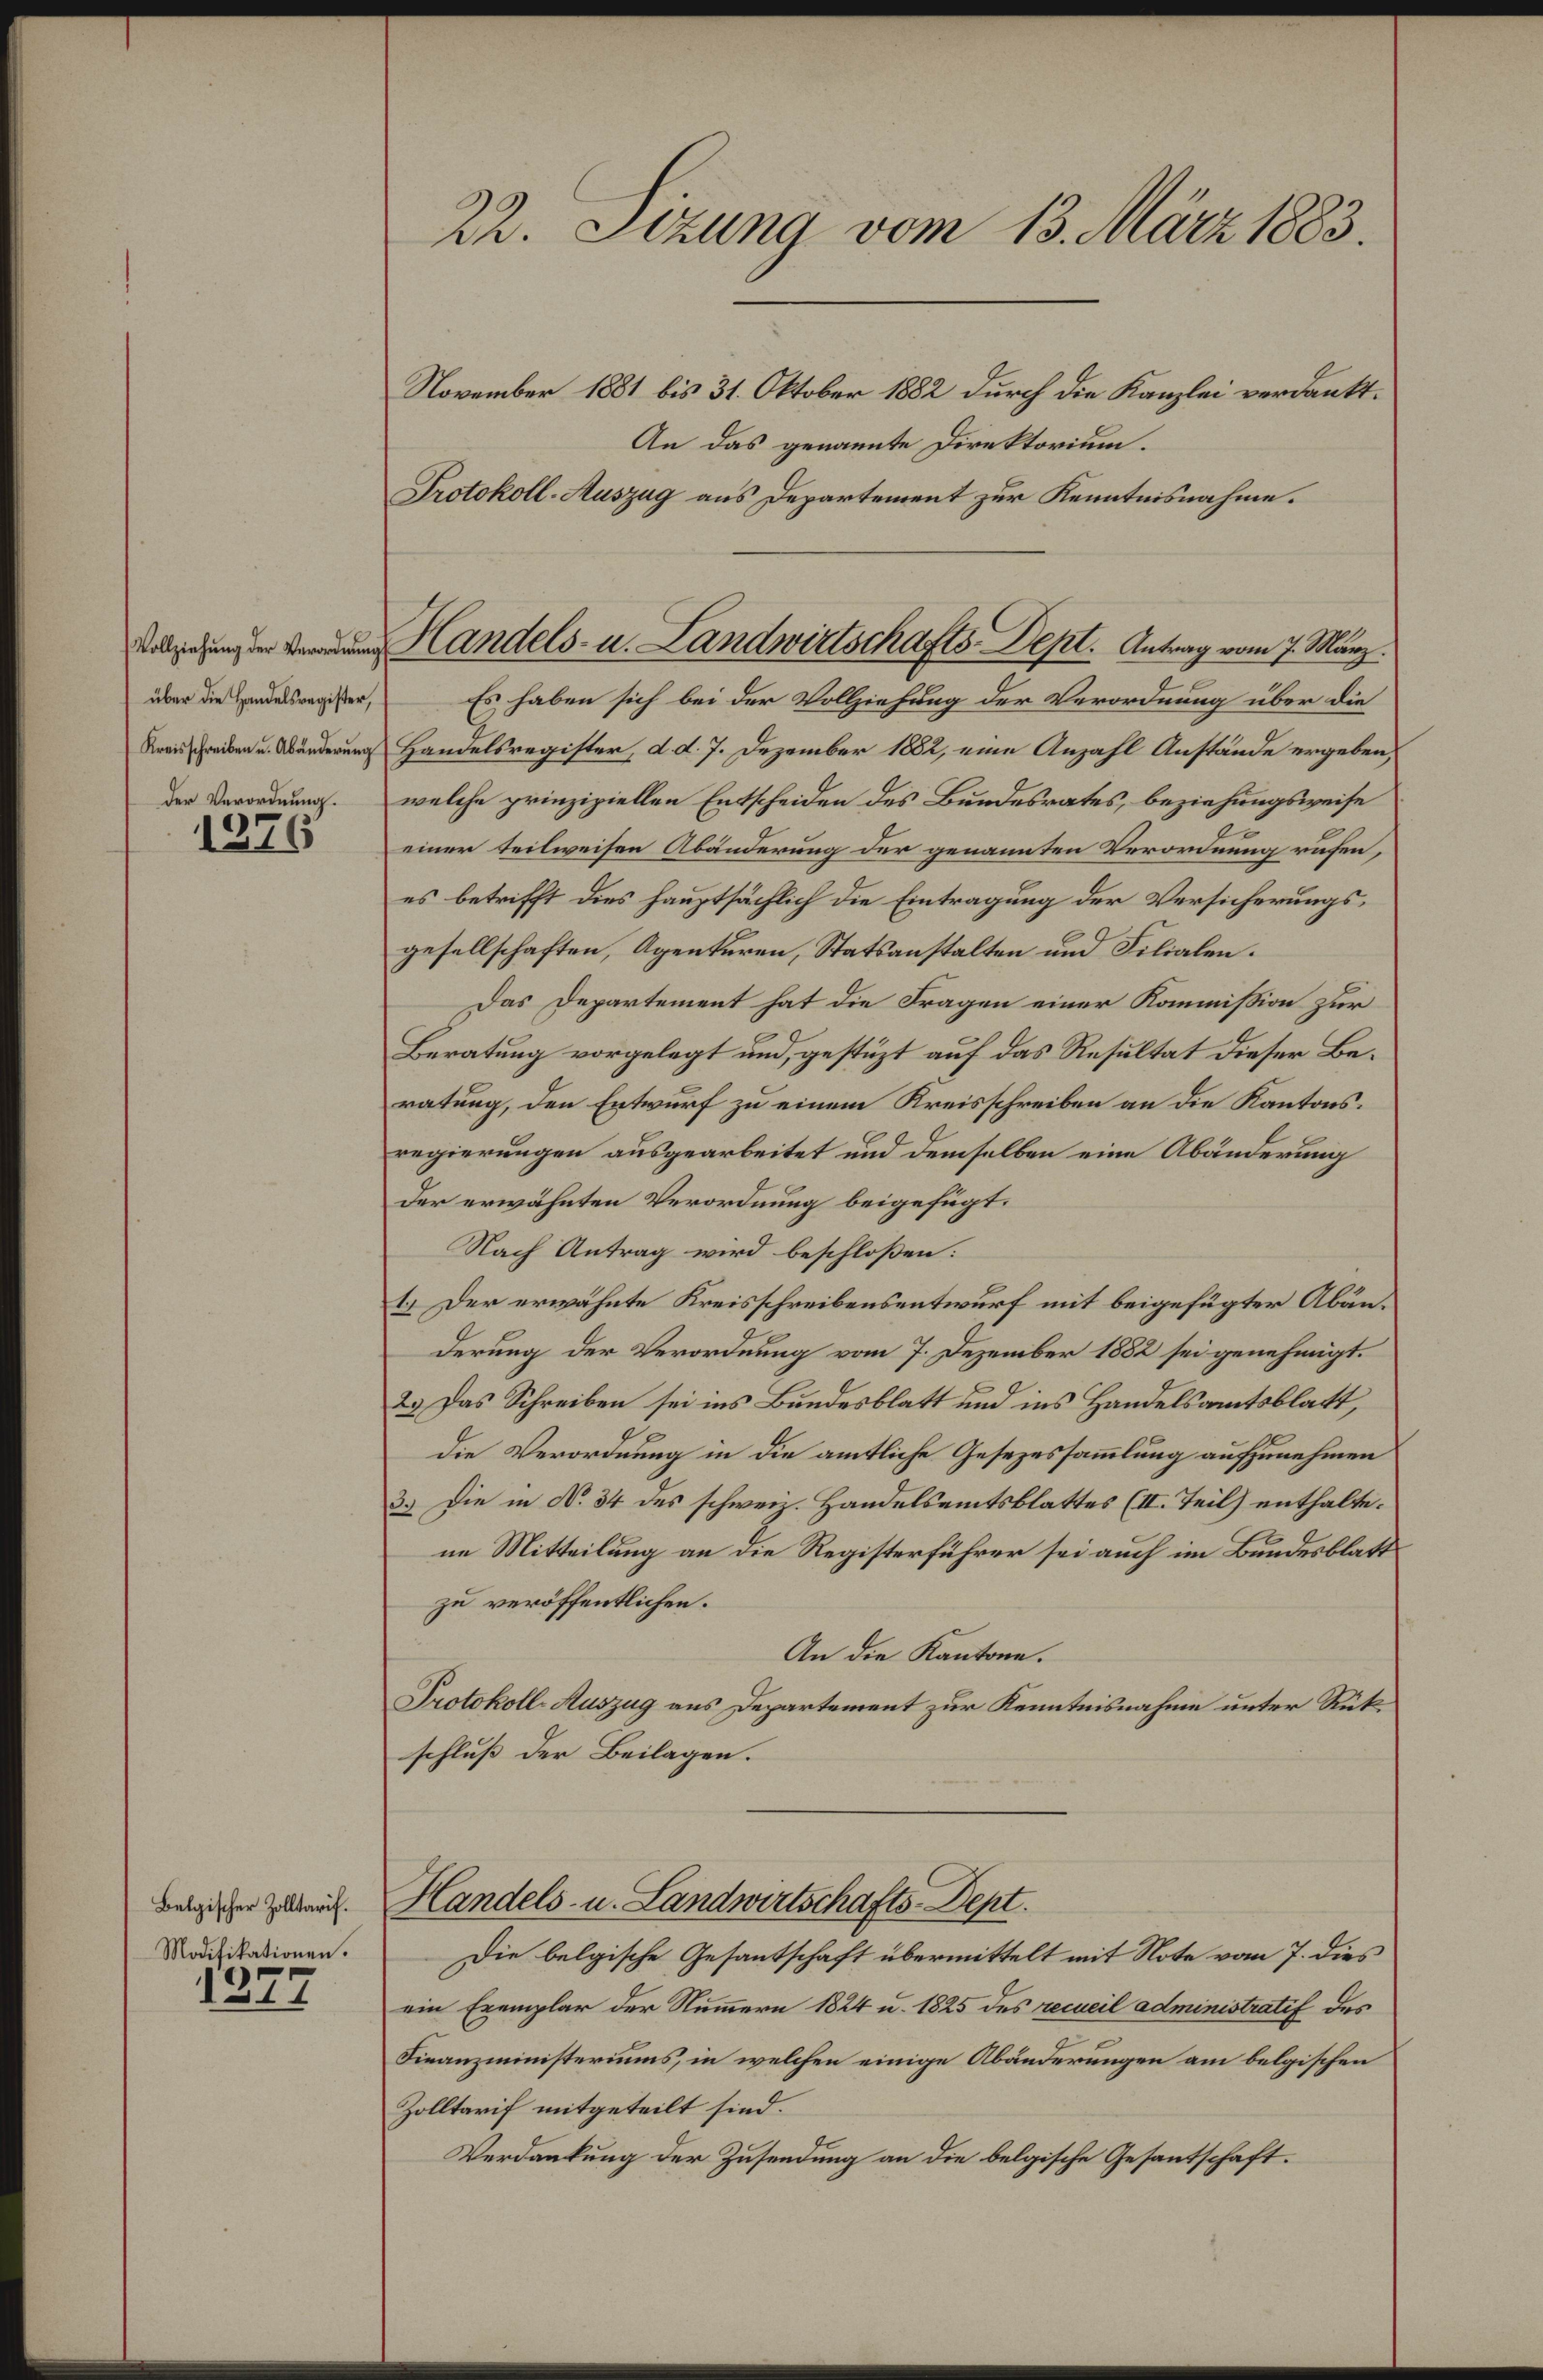
über die Handelsregister,
Kreisschreiben u. Abänderung
der Verordnung.

1276

Belgischer Zolltarif.
Modifikationen.

1377

22. Sizung vom 13. März 1883.

November 1881 bis 31. Oktober 1882 durch die Kanzlei verdankt.
An das genannte Direktorium.
Protokoll-Auszug aus Departement zur Kenntnisnahme.
Es haben sich bei der Vollziehung der Verordnung über die
Handelsregister, d. d. 7. Dezember 1882, eine Anzahl Anstände ergeben,
welche prinzipiellen Entscheiden des Bundesrates, beziehungsweise
einer teilweisen Abänderung der genannten Verordnung rufen,
es betrifft dies hauptsächlich die Eintragung der Versicherungsgesellschaften, Agenturen, Statsanstalten und Filialen.
Das Departement hat die Fragen einer Kommission zur
Beratung vorgelegt und, gestüzt auf das Resultat dieser Beratung, den Entwurf zu einem Kreisschreiben an die Kantonsregierungen ausgearbeitet und demselben eine Abänderung
Der erwähnten Verordnung beigefügt.
Nach Antrag wird beschloßen:
1.) Der erwähnte Kreisschreibensentwurf mit beigefügter Abänderung der Verordnung vom 7. Dezember 1882 sei genehmigt.
2.) Das Schreiben sei ins Bundesblatt und ins Handelsamtsblatt,
die Verordnung in die amtliche Gesezessammlung aufzunehmen
3.) Die in No. 34 des schweiz. Handelsamtsblattes (II. Teil) enthalte.
ne Mitteilung an die Registerführer sei auch im Bundesblatt
zu veröffentlichen.
An die Kantone.
Protokoll-Auszug aus Departement zur Kenntnisnahme unter Rückschluß der Beilagen.
Handels- u. Landwirtschafts-Dept.
Die belgische Gesantschaft übermittelt mit Note vom 7. dies
ein Exemplar der Nummern 1824 u. 1825 des recueil administratif des
Finanzministeriums, in welchen einige Abänderungen am belgischen
Zolltarif mitgeteilt sind.
Verdankung der Zusendung an die belgische Gesandtschaft.

Handels- u. Landwirtschafts-Dept. Antrag vom 7. März.